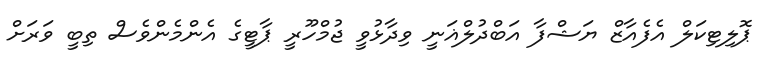
ޕޮލިޓިކަލް އެފެއާޒް ޔަޝްފާ އަބްދުލްޣަނީ ވިދާޅުވީ ޖުމްހޫރީ ޕާޓީގެ އެންމެންވެސް ތިބީ ވަރަށް